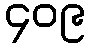
၄၀၉